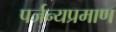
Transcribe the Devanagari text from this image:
पर्जन्यप्रमाण